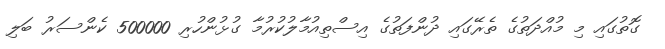
ގޮތުގައި މި މުއްދަތުގެ ތެރޭގައި ދުންފަތުގެ އިސްތިއުމާލުކުރުމާ ގުޅުންހުރި 500000 ކެންސަރު ބަލި